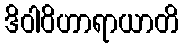
ဒိဝါဝိဟာရာယာတိ